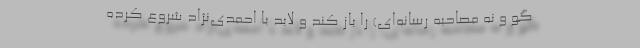
گو و نه مصاحبه رسانه‌ای) را باز کند و لابد با احمدی‌نژاد شروع کرده